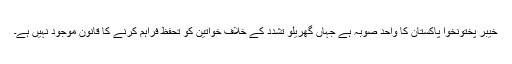
خیبر پختونخوا پاکستان کا واحد صوبہ ہے جہاں گھریلو تشدد کے خلاف خواتین کو تحفظ فراہم کرنے کا قانون موجود نہیں ہے۔